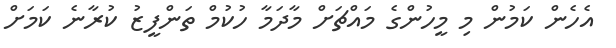
އެހެން ކަމުން މި މީހުންގެ މައްޗަށް މާދަމާ ހުކުމް ތަންފީޒު ކުރާނެ ކަމަށް